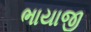
ભાયાજી